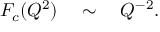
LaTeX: F _ { c } ( Q ^ { 2 } ) \quad \sim \quad Q ^ { - 2 } .